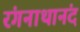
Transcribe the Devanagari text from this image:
रंगनाथानंद